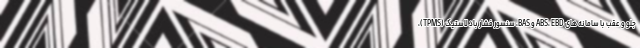
جلو و عقب با سامانه های ABS، EBD و BAS، سنسور فشار باد لاستیک (TPMS)،